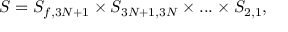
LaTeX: S = S _ { f , 3 N + 1 } \times S _ { 3 N + 1 , 3 N } \times . . . \times S _ { 2 , 1 } ,